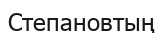
Степановтың